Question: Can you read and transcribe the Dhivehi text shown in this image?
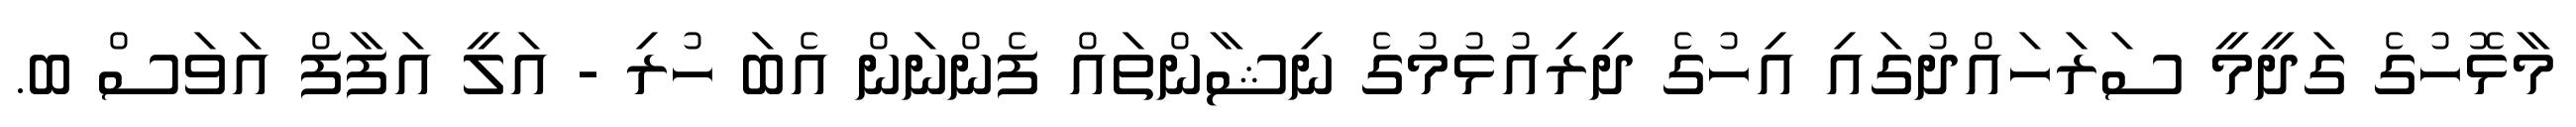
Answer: މާޅޮހުގެ ގަދީމީ ސަރަހައްދުގައި އިހުގެ ދިރިއުޅުމުގެ ނިޝާންތައް ފެންނަން އެބަ ހުރި - އަލީ އަފާފް އަވަސް ބ.